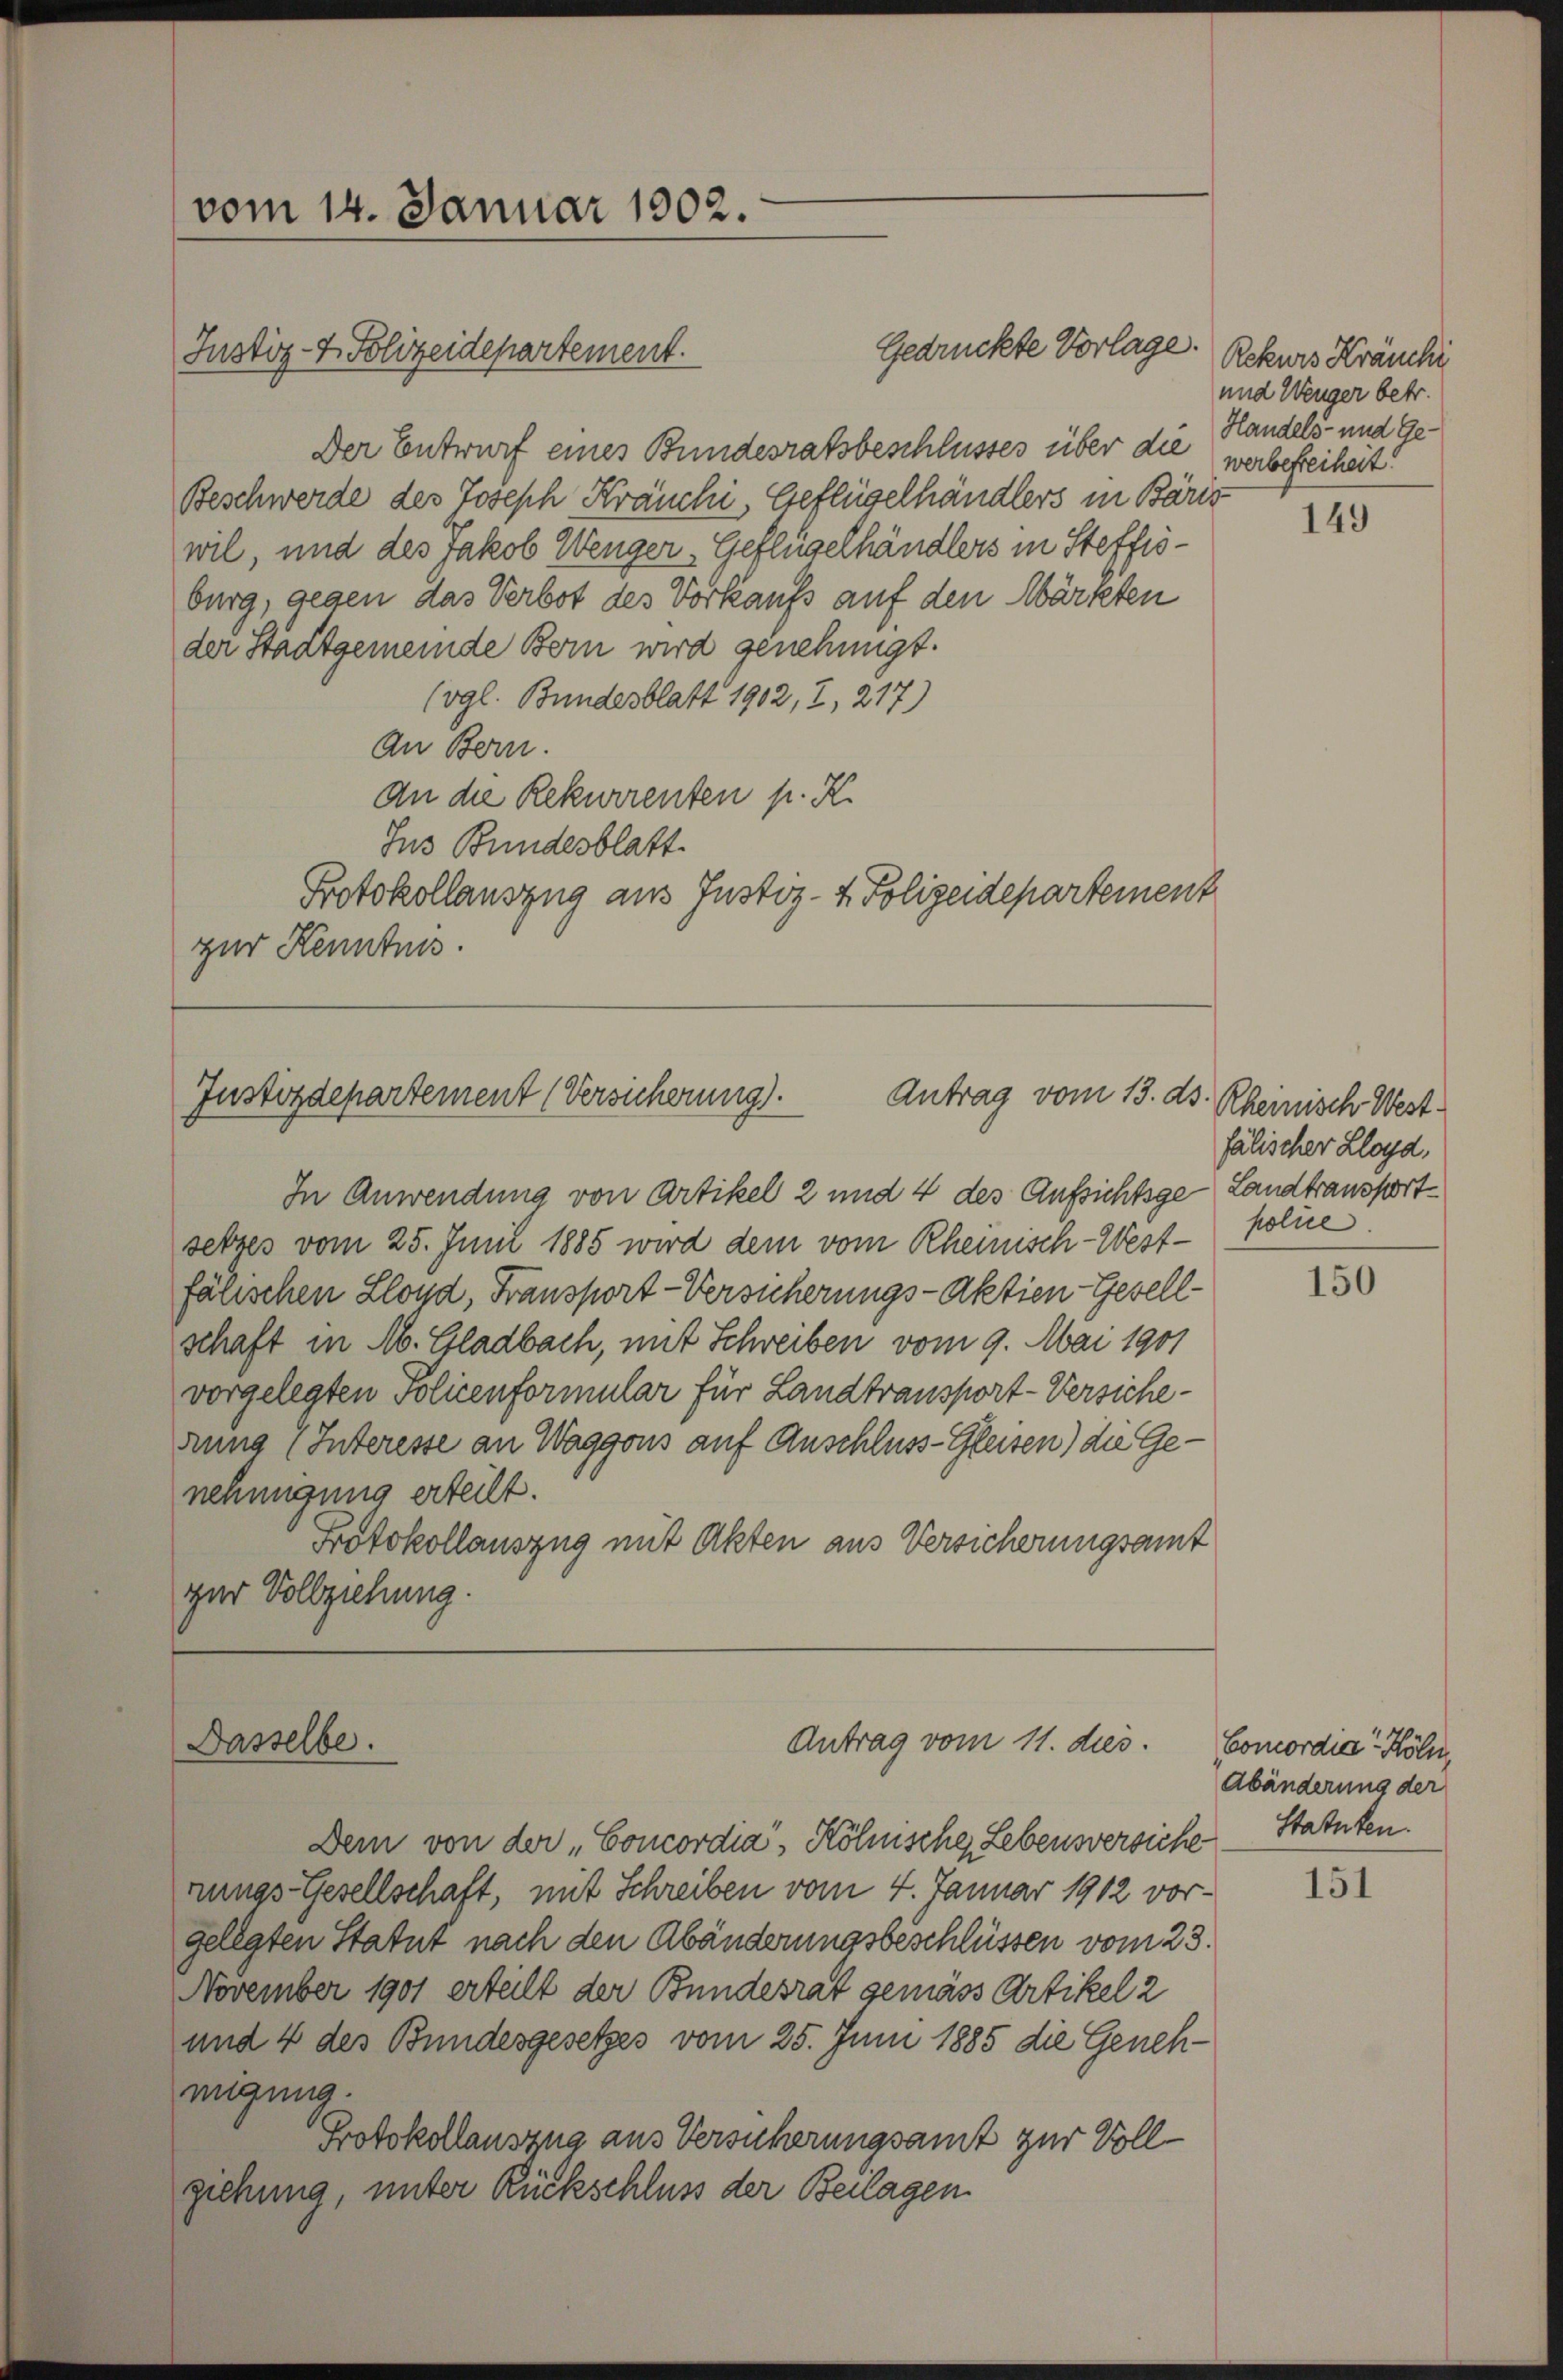
vom 14. Januar 1902.

Justiz- & Polizeidepartement.

Der Entwurf eines Bundesratsbeschlusses über die Handels- und Ge¬
Beschwerde des Joseph Kräuchi, Geflügelhändlers in Bäre
wil, und des Jakob Wenger Geflügelhändlers in Steffisburg, gegen das Verbot des Vorkaufs auf den Märzten
der Stadtgemeinde Bern wird genehmigt.
(vgl. Bundesblatt 1902, 2, 217)
An Bern.
An die Rekurrenten p. K.
Jus Bundesblatt.
Protokollauszug aus Justiz- & Polizeidepartement
zur Kenntnis.

In Anwendung von Artikel 2 und 4 des Aufsichtige Landtransport
setzes vom 25. Juni 1885 wird dem vom Rheinisch-Westfälischen Llond, Fransport-Versicherungs-Aktien-Gesell-
schaft in Ab. Gladbach, mit Schreiben vom 9. Mai 1901
vorgelegten Policenformular für Landtransport-Versicherung (Interesse an Waggons auf Anschluss-Gleisen) die Genehmigung erteilt.
Protokollauszug mit Akten aus Versicherungsamt
zur Vollziehung.

rungs-Gesellschaft, mit Schreiben vom 4. Januar 1912 vorgelegten Statut nach den Abänderungsbeschlüssen vom 23.
November 1901 erteilt der Bundesrat gemäss Artikel 2
und 4 des Bundesgesetzes vom 25. Juni 1885 die Geneh-
migung.
Protokollauszug aus Versicherungsamt zur Vollziehung, unter Rückschluss der Beilagen

Gedrückte Vorlage.

Justizdepartement (Versicherung).
Antrag vom 13. ds. Rheinisch West¬

Antrag vom 11. dies.
Dasselbe.

Dem von der „Concordia-Kölnischen Lebensversiche Statuten.

Rekurs Kräuche
und Wenger betr.
werbefreiheit.

149

fälischer Lloyd,
police.

150

Concordia Köln,
Abänderung der

151